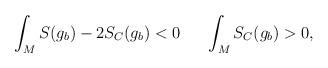
LaTeX: \begin{align*}\int_M S(g_b)-2 S_C(g_b)<0\phantom{=}\phantom{=} \int_M S_C(g_b)>0,\end{align*}